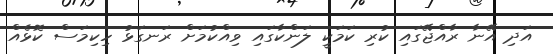
އަދި އޭނާ ރާއްޖޭގައި ކުރި ކަމަކީ ލަންކާގައި ވިއްކުމަށް ރަނގަޅު ހިކިމަސް ކޮޅެއް